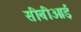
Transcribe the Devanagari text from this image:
सीबीओई